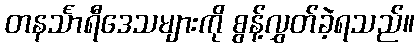
တနင်္သာရီဒေသများကို စွန့်လွှတ်ခဲ့ရသည်။